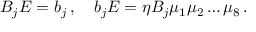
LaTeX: B _ { j } { \cal E } = b _ { j } \, , \quad b _ { j } { \cal E } = \eta B _ { j } \mu _ { 1 } \mu _ { 2 } \dots \mu _ { 8 } \, .